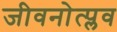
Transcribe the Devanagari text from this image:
जीवनोत्प्लव